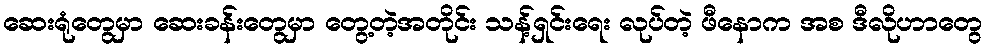
ဆေးရုံတွေမှာ ဆေးခန်းတွေမှာ တွေ့တဲ့အတိုင်း သန့်ရှင်းရေး လုပ်တဲ့ ဖီနောက အစ ဒီလိုဟာတွေ